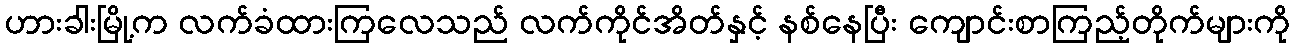
ဟားခါးမြို့က လက်ခံထားကြလေသည် လက်ကိုင်အိတ်နှင့် နစ်နေပြီး ကျောင်းစာကြည့်တိုက်များကို